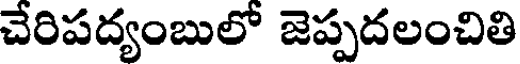
చేరిపద్యంబులో జెప్పదలంచితి